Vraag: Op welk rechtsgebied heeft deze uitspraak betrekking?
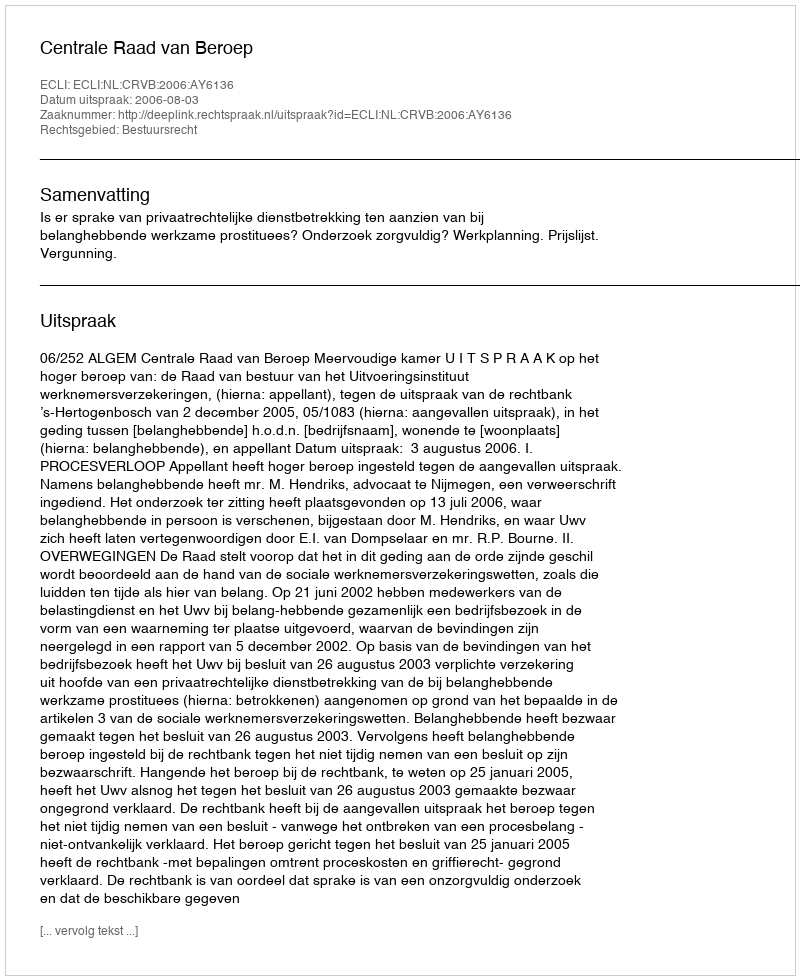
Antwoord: Bestuursrecht